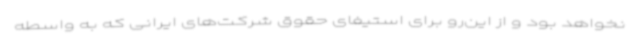
نخواهد بود و از این‌رو برای استیفای حقوق شرکت‌های ایرانی که به واسطه‌